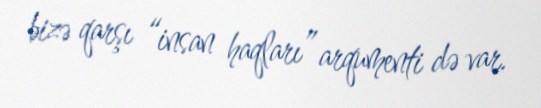
bizə qarşı “insan haqları” arqumenti də var.